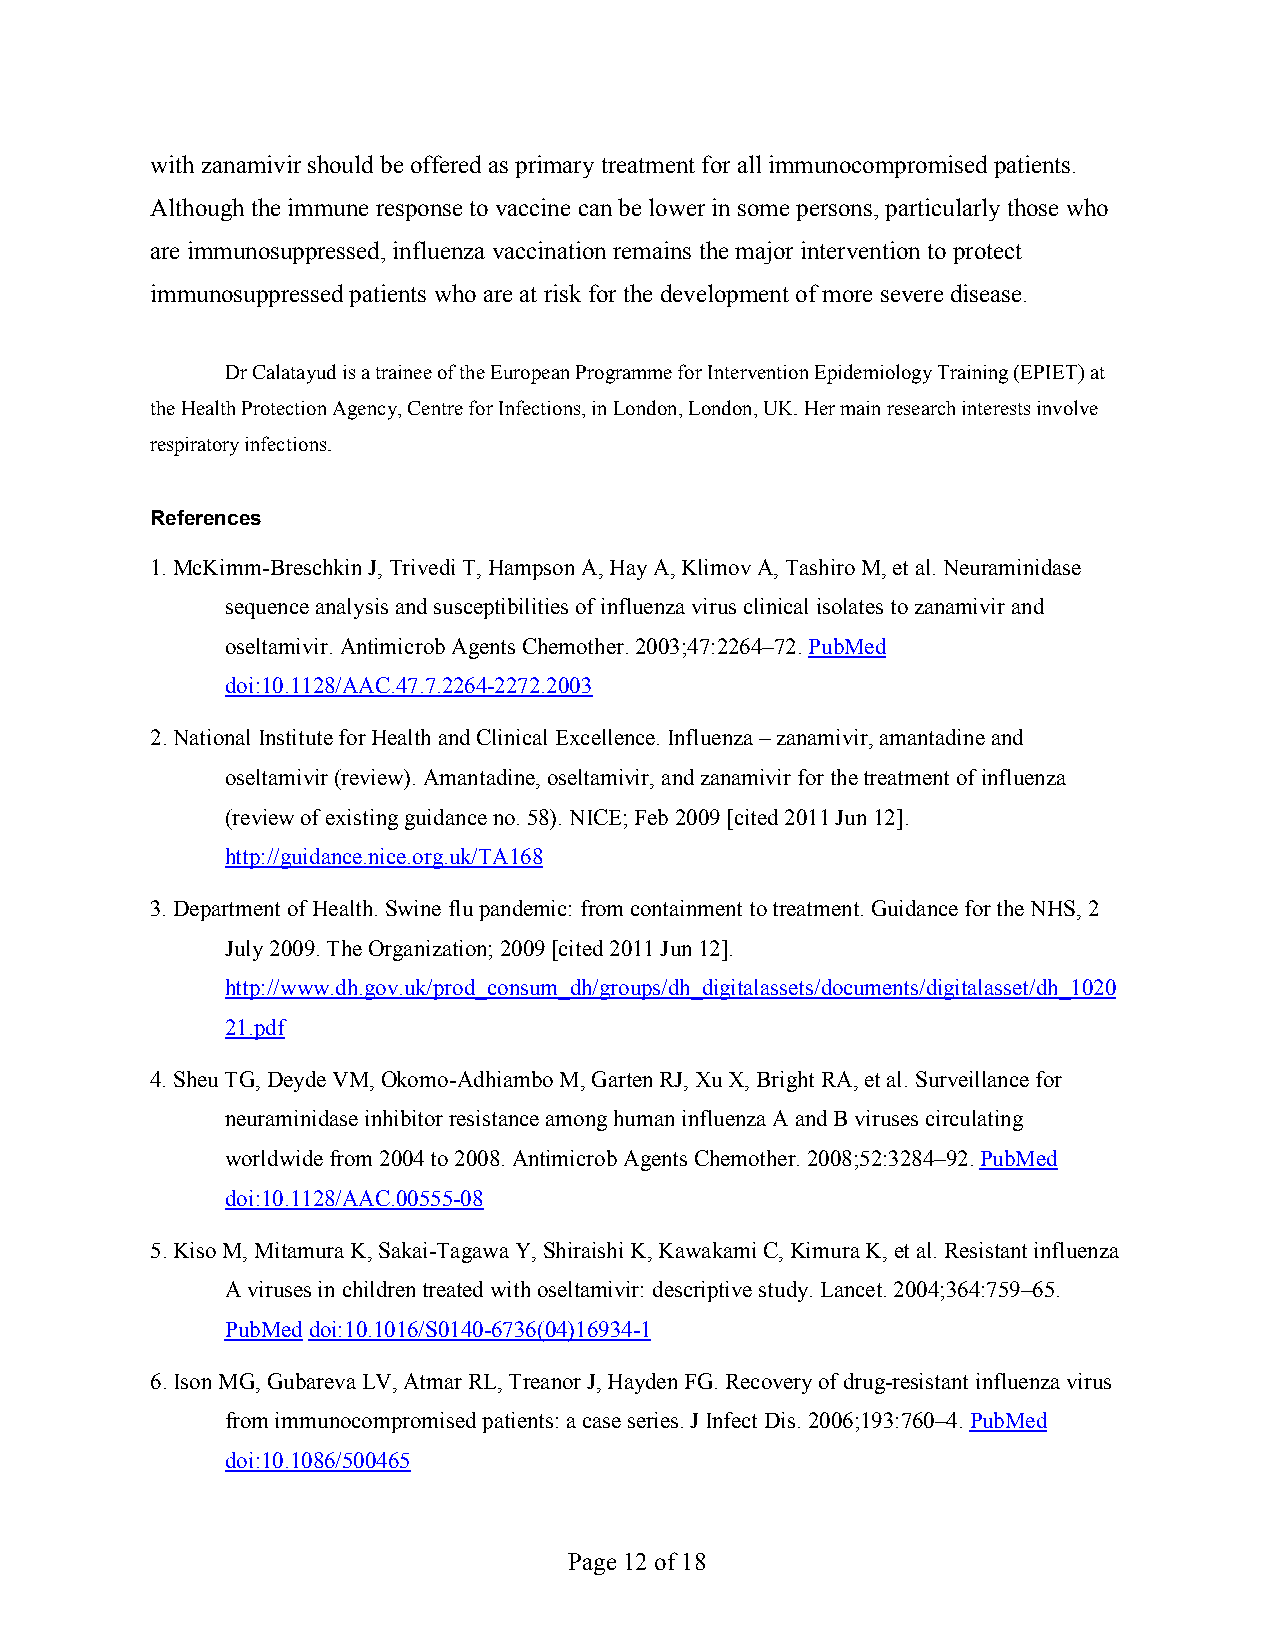
with zanamivir should be offered as primary treatment for all immunocompromised patients.
 Although the immune response to vaccine can be lower in some persons, particularly those who
 are immunosuppressed, influenza vaccination remains the major intervention to protect
 immunosuppressed patients who are at risk for the development of more severe disease.
 Dr Calatayud is a trainee of the European Programme for Intervention Epidemiology Training (EPIET) at
 the Health Protection Agency, Centre for Infections, in London, London, UK. Her main research interests involve
 respiratory infections.
 References
 1. McKimm-Breschkin J, Trivedi T, Hampson A, Hay A, Klimov A, Tashiro M, et al. Neuraminidase
 sequence analysis and susceptibilities of influenza virus clinical isolates to zanamivir and
 oseltamivir. Antimicrob Agents Chemother. 2003;47:2264–72. PubMed
 doi:10.1128/AAC.47.7.2264-2272.2003
 2. National Institute for Health and Clinical Excellence. Influenza – zanamivir, amantadine and
 oseltamivir (review). Amantadine, oseltamivir, and zanamivir for the treatment of influenza
 (review of existing guidance no. 58). NICE; Feb 2009 [cited 2011 Jun 12].
 http://guidance.nice.org.uk/TA168
 3. Department of Health. Swine flu pandemic: from containment to treatment. Guidance for the NHS, 2
 July 2009. The Organization; 2009 [cited 2011 Jun 12].
 http://www.dh.gov.uk/prod_consum_dh/groups/dh_digitalassets/documents/digitalasset/dh_1020
 21.pdf
 4. Sheu TG, Deyde VM, Okomo-Adhiambo M, Garten RJ, Xu X, Bright RA, et al. Surveillance for
 neuraminidase inhibitor resistance among human influenza A and B viruses circulating
 worldwide from 2004 to 2008. Antimicrob Agents Chemother. 2008;52:3284–92. PubMed
 doi:10.1128/AAC.00555-08
 5. Kiso M, Mitamura K, Sakai-Tagawa Y, Shiraishi K, Kawakami C, Kimura K, et al. Resistant influenza
 A viruses in children treated with oseltamivir: descriptive study. Lancet. 2004;364:759–65.
 PubMed doi:10.1016/S0140-6736(04)16934-1
 6. Ison MG, Gubareva LV, Atmar RL, Treanor J, Hayden FG. Recovery of drug-resistant influenza virus
 from immunocompromised patients: a case series. J Infect Dis. 2006;193:760–4. PubMed
 doi:10.1086/500465
 Page 12 of 18